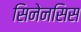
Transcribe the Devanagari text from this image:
सिनेनसिस